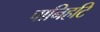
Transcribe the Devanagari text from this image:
पानिहटि